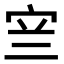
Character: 𭓨